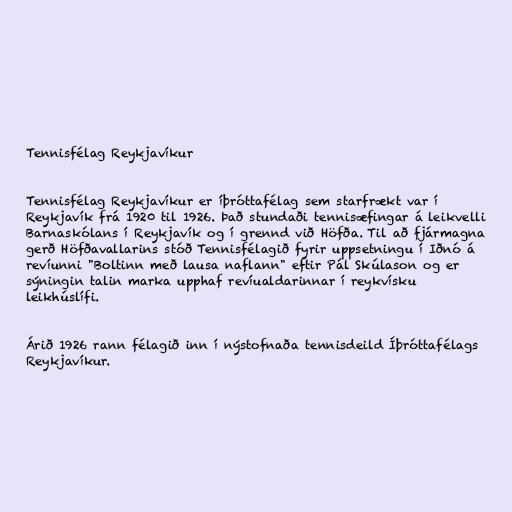
Tennisfélag Reykjavíkur

Tennisfélag Reykjavíkur er íþróttafélag sem starfrækt var í
Reykjavík frá 1920 til 1926. Það stundaði tennisæfingar á leikvelli
Barnaskólans í Reykjavík og í grennd við Höfða. Til að fjármagna
gerð Höfðavallarins stóð Tennisfélagið fyrir uppsetningu í Iðnó á
revíunni "Boltinn með lausa naflann" eftir Pál Skúlason og er
sýningin talin marka upphaf revíualdarinnar í reykvísku
leikhúslífi.

Árið 1926 rann félagið inn í nýstofnaða tennisdeild Íþróttafélags
Reykjavíkur.